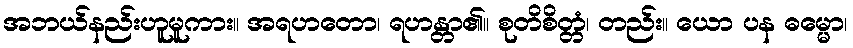
အဘယ်နည်းဟူမူကား။ အရဟတော၊ ရဟန္တာ၏။ စုတိစိတ္တံ၊ တည်း။ ယော ပန ဓမ္မော၊